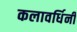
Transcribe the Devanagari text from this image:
कलावर्धिनी